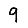
Digit: 9